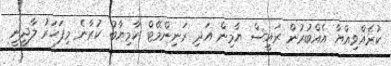
ކުރެއްވިއްޔާ އެއްބުރުން ރައީސް ޔާމިން އަދި ރަނިންމޭޓް ކާމިޔާބު ކުރާނެ މިފަހަރު ލާދީނީ